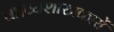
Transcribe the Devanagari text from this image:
काव्यशास्त्रकारों